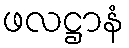
ဖလဋ္ဌာနံ